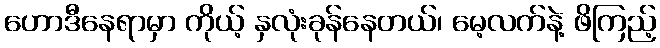
ဟောဒီနေရာမှာ ကိုယ့် နှလုံးခုန်နေတယ်၊ မေ့လက်နဲ့ ဖိကြည့်